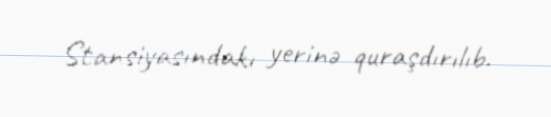
Stansiyasındakı yerinə quraşdırılıb.